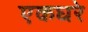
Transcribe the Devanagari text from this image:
एकघरे